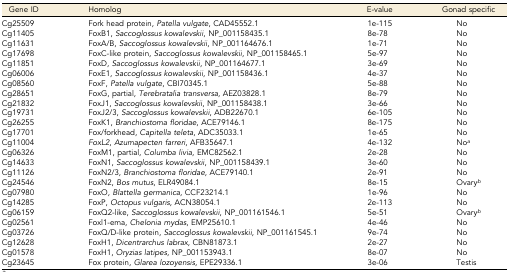
<table><thead><tr><td><b>Gene ID</b></td><td><b>Homolog</b></td><td><b>E-value</b></td><td><b>Gonad specific</b></td></tr></thead><tbody><tr><td>Cg25509</td><td>Fork head protein, <i>Patella vulgate</i>, CAD45552.1</td><td>1e-115</td><td>No</td></tr><tr><td>Cg11405</td><td>FoxB1, <i>Saccoglossus kowalevskii</i>, NP_001158435.1</td><td>8e-78</td><td>No</td></tr><tr><td>Cg11631</td><td>FoxA/B, <i>Saccoglossus kowalevskii</i>, NP_001164676.1</td><td>1e-71</td><td>No</td></tr><tr><td>Cg17698</td><td>FoxC-like protein, <i>Saccoglossus kowalevskii</i>, NP_001158465.1</td><td>5e-97</td><td>No</td></tr><tr><td>Cg11851</td><td>FoxD, <i>Saccoglossus kowalevskii</i>, NP_001164677.1</td><td>3e-69</td><td>No</td></tr><tr><td>Cg06006</td><td>FoxE1, <i>Saccoglossus kowalevskii</i>, NP_001158436.1</td><td>4e-37</td><td>No</td></tr><tr><td>Cg08560</td><td>FoxF, <i>Patella vulgate</i>, CBI70345.1</td><td>5e-88</td><td>No</td></tr><tr><td>Cg28651</td><td>FoxG, partial, <i>Terebratalia transversa</i>, AEZ03828.1</td><td>8e-79</td><td>No</td></tr><tr><td>Cg21832</td><td>FoxJ1, <i>Saccoglossus kowalevskii</i>, NP_001158438.1</td><td>3e-66</td><td>No</td></tr><tr><td>Cg19731</td><td>FoxJ2/3, <i>Saccoglossus kowalevskii</i>, ADB22670.1</td><td>6e-105</td><td>No</td></tr><tr><td>Cg26255</td><td>FoxK1, <i>Branchiostoma floridae</i>, ACE79146.1</td><td>8e-175</td><td>No</td></tr><tr><td>Cg17701</td><td>Fox/forkhead, <i>Capitella teleta</i>, ADC35033.1</td><td>1e-65</td><td>No</td></tr><tr><td>Cg11004</td><td><i>FoxL2</i>, <i>Azumapecten farreri</i>, AFB35647.1</td><td>4e-132</td><td>No<i><sup>a</sup></i></td></tr><tr><td>Cg06326</td><td>FoxM1, partial, <i>Columba livia</i>, EMC82562.1</td><td>2e-28</td><td>No</td></tr><tr><td>Cg14633</td><td>FoxN1, <i>Saccoglossus kowalevskii</i>, NP_001158439.1</td><td>3e-60</td><td>No</td></tr><tr><td>Cg11126</td><td>FoxN2/3, <i>Branchiostoma floridae</i>, ACE79140.1</td><td>2e-91</td><td>No</td></tr><tr><td>Cg24546</td><td>FoxN2, <i>Bos mutus</i>, ELR49084.1</td><td>8e-15</td><td>Ovary<i><sup>b</sup></i></td></tr><tr><td>Cg07980</td><td>FoxO, <i>Blattella germanica</i>, CCF23214.1</td><td>1e-96</td><td>No</td></tr><tr><td>Cg14285</td><td>FoxP, <i>Octopus vulgaris</i>, ACN38054.1</td><td>2e-113</td><td>No</td></tr><tr><td>Cg06159</td><td>FoxQ2-like, <i>Saccoglossus kowalevskii</i>, NP_001161546.1</td><td>5e-51</td><td>Ovary<i><sup>b</sup></i></td></tr><tr><td>Cg02561</td><td>Foxl1-ema, <i>Chelonia mydas</i>, EMP25610.1</td><td>4e-46</td><td>No</td></tr><tr><td>Cg03726</td><td>FoxQ/D-like protein, <i>Saccoglossus kowalevskii</i>, NP_001161545.1</td><td>9e-74</td><td>No</td></tr><tr><td>Cg12628</td><td>FoxH1, <i>Dicentrarchus labrax</i>, CBN81873.1</td><td>2e-27</td><td>No</td></tr><tr><td>Cg01578</td><td>FoxH1, <i>Oryzias latipes</i>, NP_001153943.1</td><td>8e-07</td><td>No</td></tr><tr><td>Cg23645</td><td>Fox protein, <i>Glarea lozoyensis</i>, EPE29336.1</td><td>3e-06</td><td>Testis</td></tr></tbody></table>